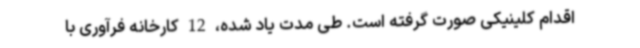
اقدام کلینیکی صورت گرفته است. طی مدت یاد شده، 12 کارخانه فرآوری با